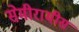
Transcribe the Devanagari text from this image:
सेमीरामीस